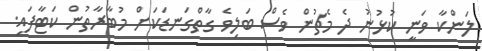
ލަންކާ ވަނީ ކުޅުނު ދެ މެޗުން ވެސް ބަލިވެ ގާތްގަނޑަކަށް މުބާރާތުން ކަޓާފައި.